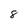
Character: 8